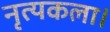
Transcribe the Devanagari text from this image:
नृत्‍यकला।